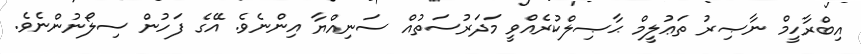
އިބްރާހީމް ނާޞިރު ތަޢުލީމް ޙާޞިލްކުރެއްވީ މަދަރުސަތުއް ސަނިއްޔާ އިންނެވެ. އޭގެ ފަހުން ސިލޯނުންނެވެ.